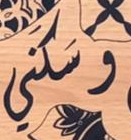
سكني